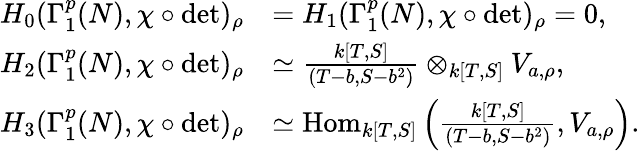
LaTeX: \begin{array}{rl}{H_{0}(\Gamma_{1}^{p}(N),\chi\circ\operatorname*{det})_{\rho}}&{=H_{1}(\Gamma_{1}^{p}(N),\chi\circ\operatorname*{det})_{\rho}=0,}\\ {H_{2}(\Gamma_{1}^{p}(N),\chi\circ\operatorname*{det})_{\rho}}&{\simeq\frac{k[T,S]}{(T-b,S-b^{2})}\otimes_{k[T,S]}V_{a,\rho},}\\ {H_{3}(\Gamma_{1}^{p}(N),\chi\circ\operatorname*{det})_{\rho}}&{\simeq\mathrm{Hom}_{k[T,S]}\left(\frac{k[T,S]}{(T-b,S-b^{2})},V_{a,\rho}\right).}\end{array}